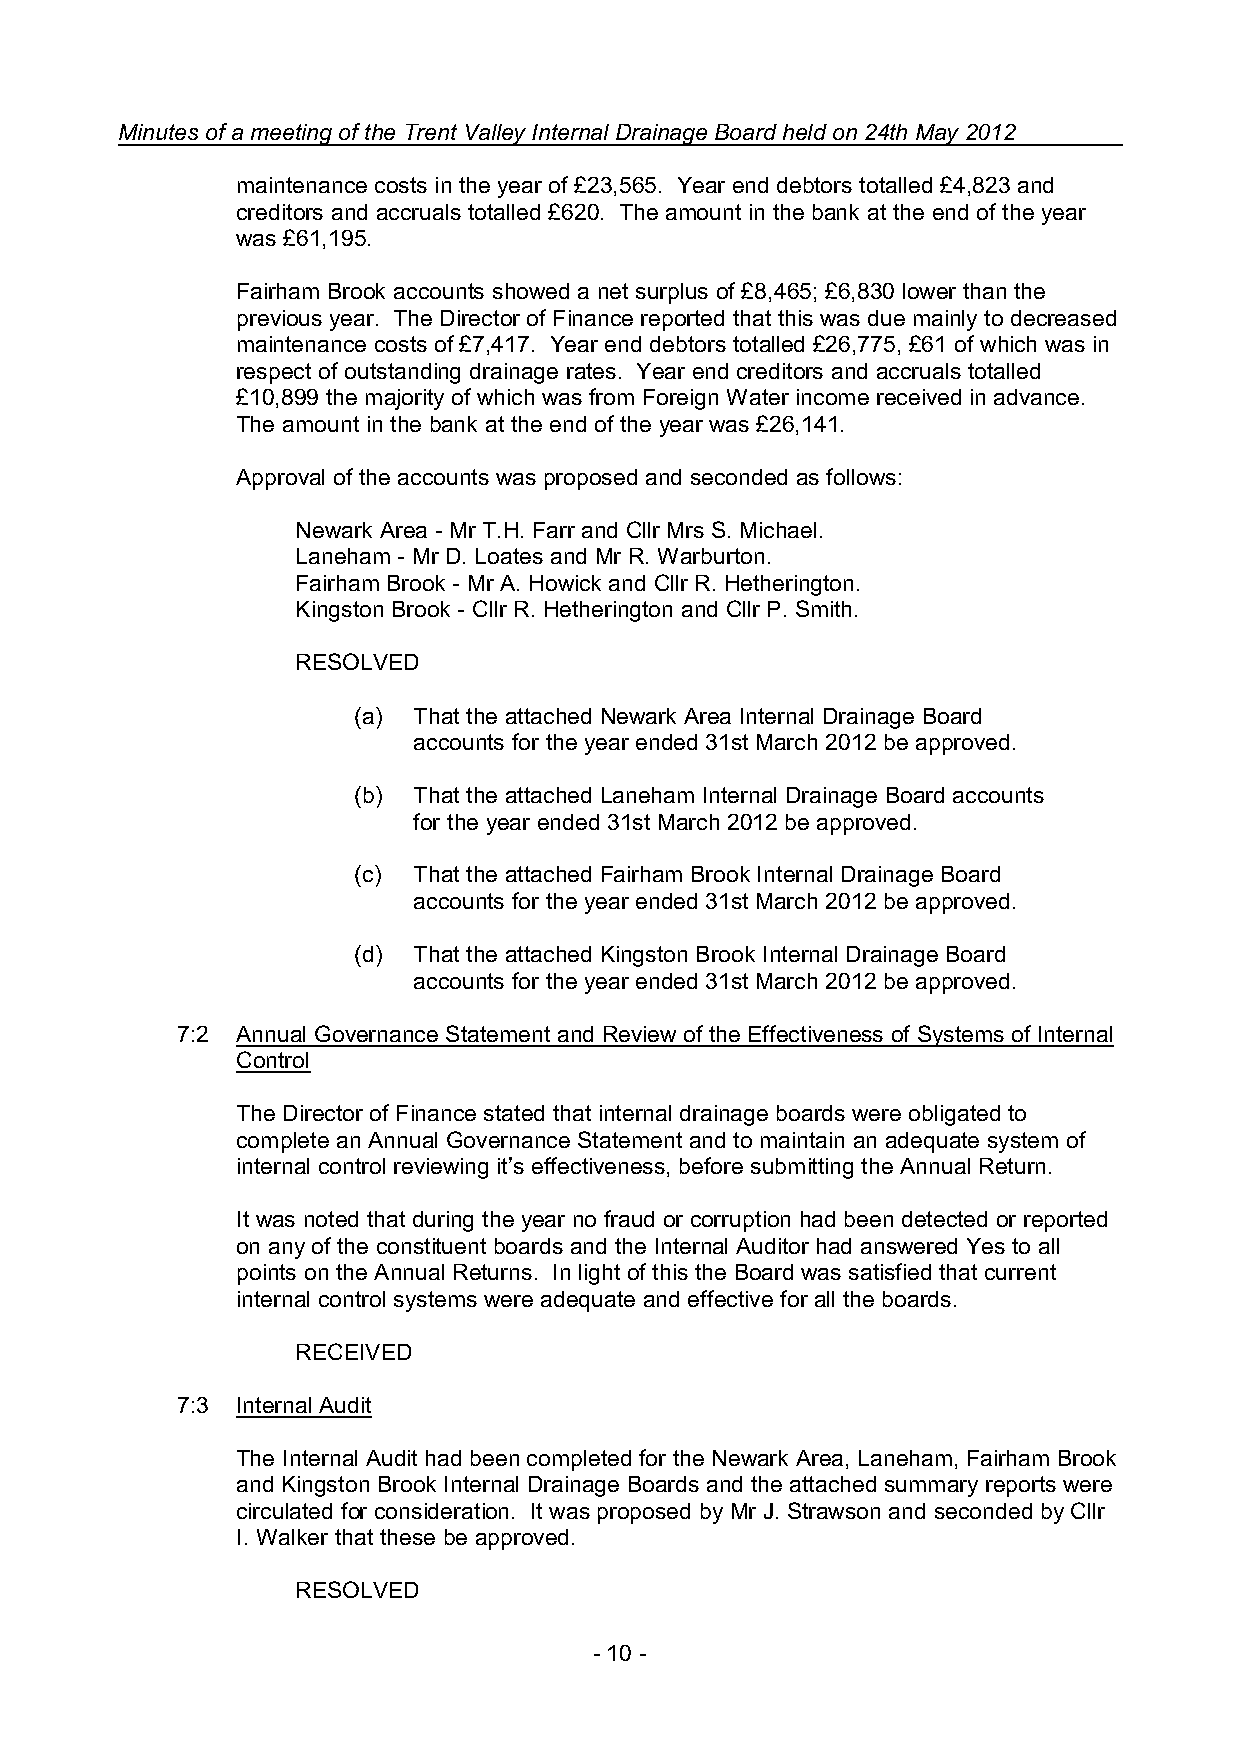
Minutes of a meeting of the Trent Valley Internal Drainage Board held on 24th May 2012
 maintenance costs in the year of £23,565. Year end debtors totalled £4,823 and
 creditors and accruals totalled £620. The amount in the bank at the end of the year
 was £61,195.
 Fairham Brook accounts showed a net surplus of £8,465; £6,830 lower than the
 previous year. The Director of Finance reported that this was due mainly to decreased
 maintenance costs of £7,417. Year end debtors totalled £26,775, £61 of which was in
 respect of outstanding drainage rates. Year end creditors and accruals totalled
 £10,899 the majority of which was from Foreign Water income received in advance.
 The amount in the bank at the end of the year was £26,141.
 Approval of the accounts was proposed and seconded as follows:
 Newark Area - Mr T.H. Farr and Cllr Mrs S. Michael.
 Laneham - Mr D. Loates and Mr R. Warburton.
 Fairham Brook - Mr A. Howick and Cllr R. Hetherington.
 Kingston Brook - Cllr R. Hetherington and Cllr P. Smith.
 RESOLVED
 (a) That the attached Newark Area Internal Drainage Board
 accounts for the year ended 31st March 2012 be approved.
 (b) That the attached Laneham Internal Drainage Board accounts
 for the year ended 31st March 2012 be approved.
 (c) That the attached Fairham Brook Internal Drainage Board
 accounts for the year ended 31st March 2012 be approved.
 (d) That the attached Kingston Brook Internal Drainage Board
 accounts for the year ended 31st March 2012 be approved.
 7:2 Annual Governance Statement and Review of the Effectiveness of Systems of Internal
 Control
 The Director of Finance stated that internal drainage boards were obligated to
 complete an Annual Governance Statement and to maintain an adequate system of
 internal control reviewing it’s effectiveness, before submitting the Annual Return.
 It was noted that during the year no fraud or corruption had been detected or reported
 on any of the constituent boards and the Internal Auditor had answered Yes to all
 points on the Annual Returns. In light of this the Board was satisfied that current
 internal control systems were adequate and effective for all the boards.
 RECEIVED
 7:3 Internal Audit
 The Internal Audit had been completed for the Newark Area, Laneham, Fairham Brook
 and Kingston Brook Internal Drainage Boards and the attached summary reports were
 circulated for consideration. It was proposed by Mr J. Strawson and seconded by Cllr
 I. Walker that these be approved.
 RESOLVED
 - 10 -